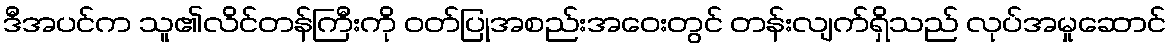
ဒီအပင်က သူ၏လိင်တန်ကြီးကို ဝတ်ပြုအစည်းအဝေးတွင် တန်းလျက်ရှိသည် လုပ်အမှုဆောင်